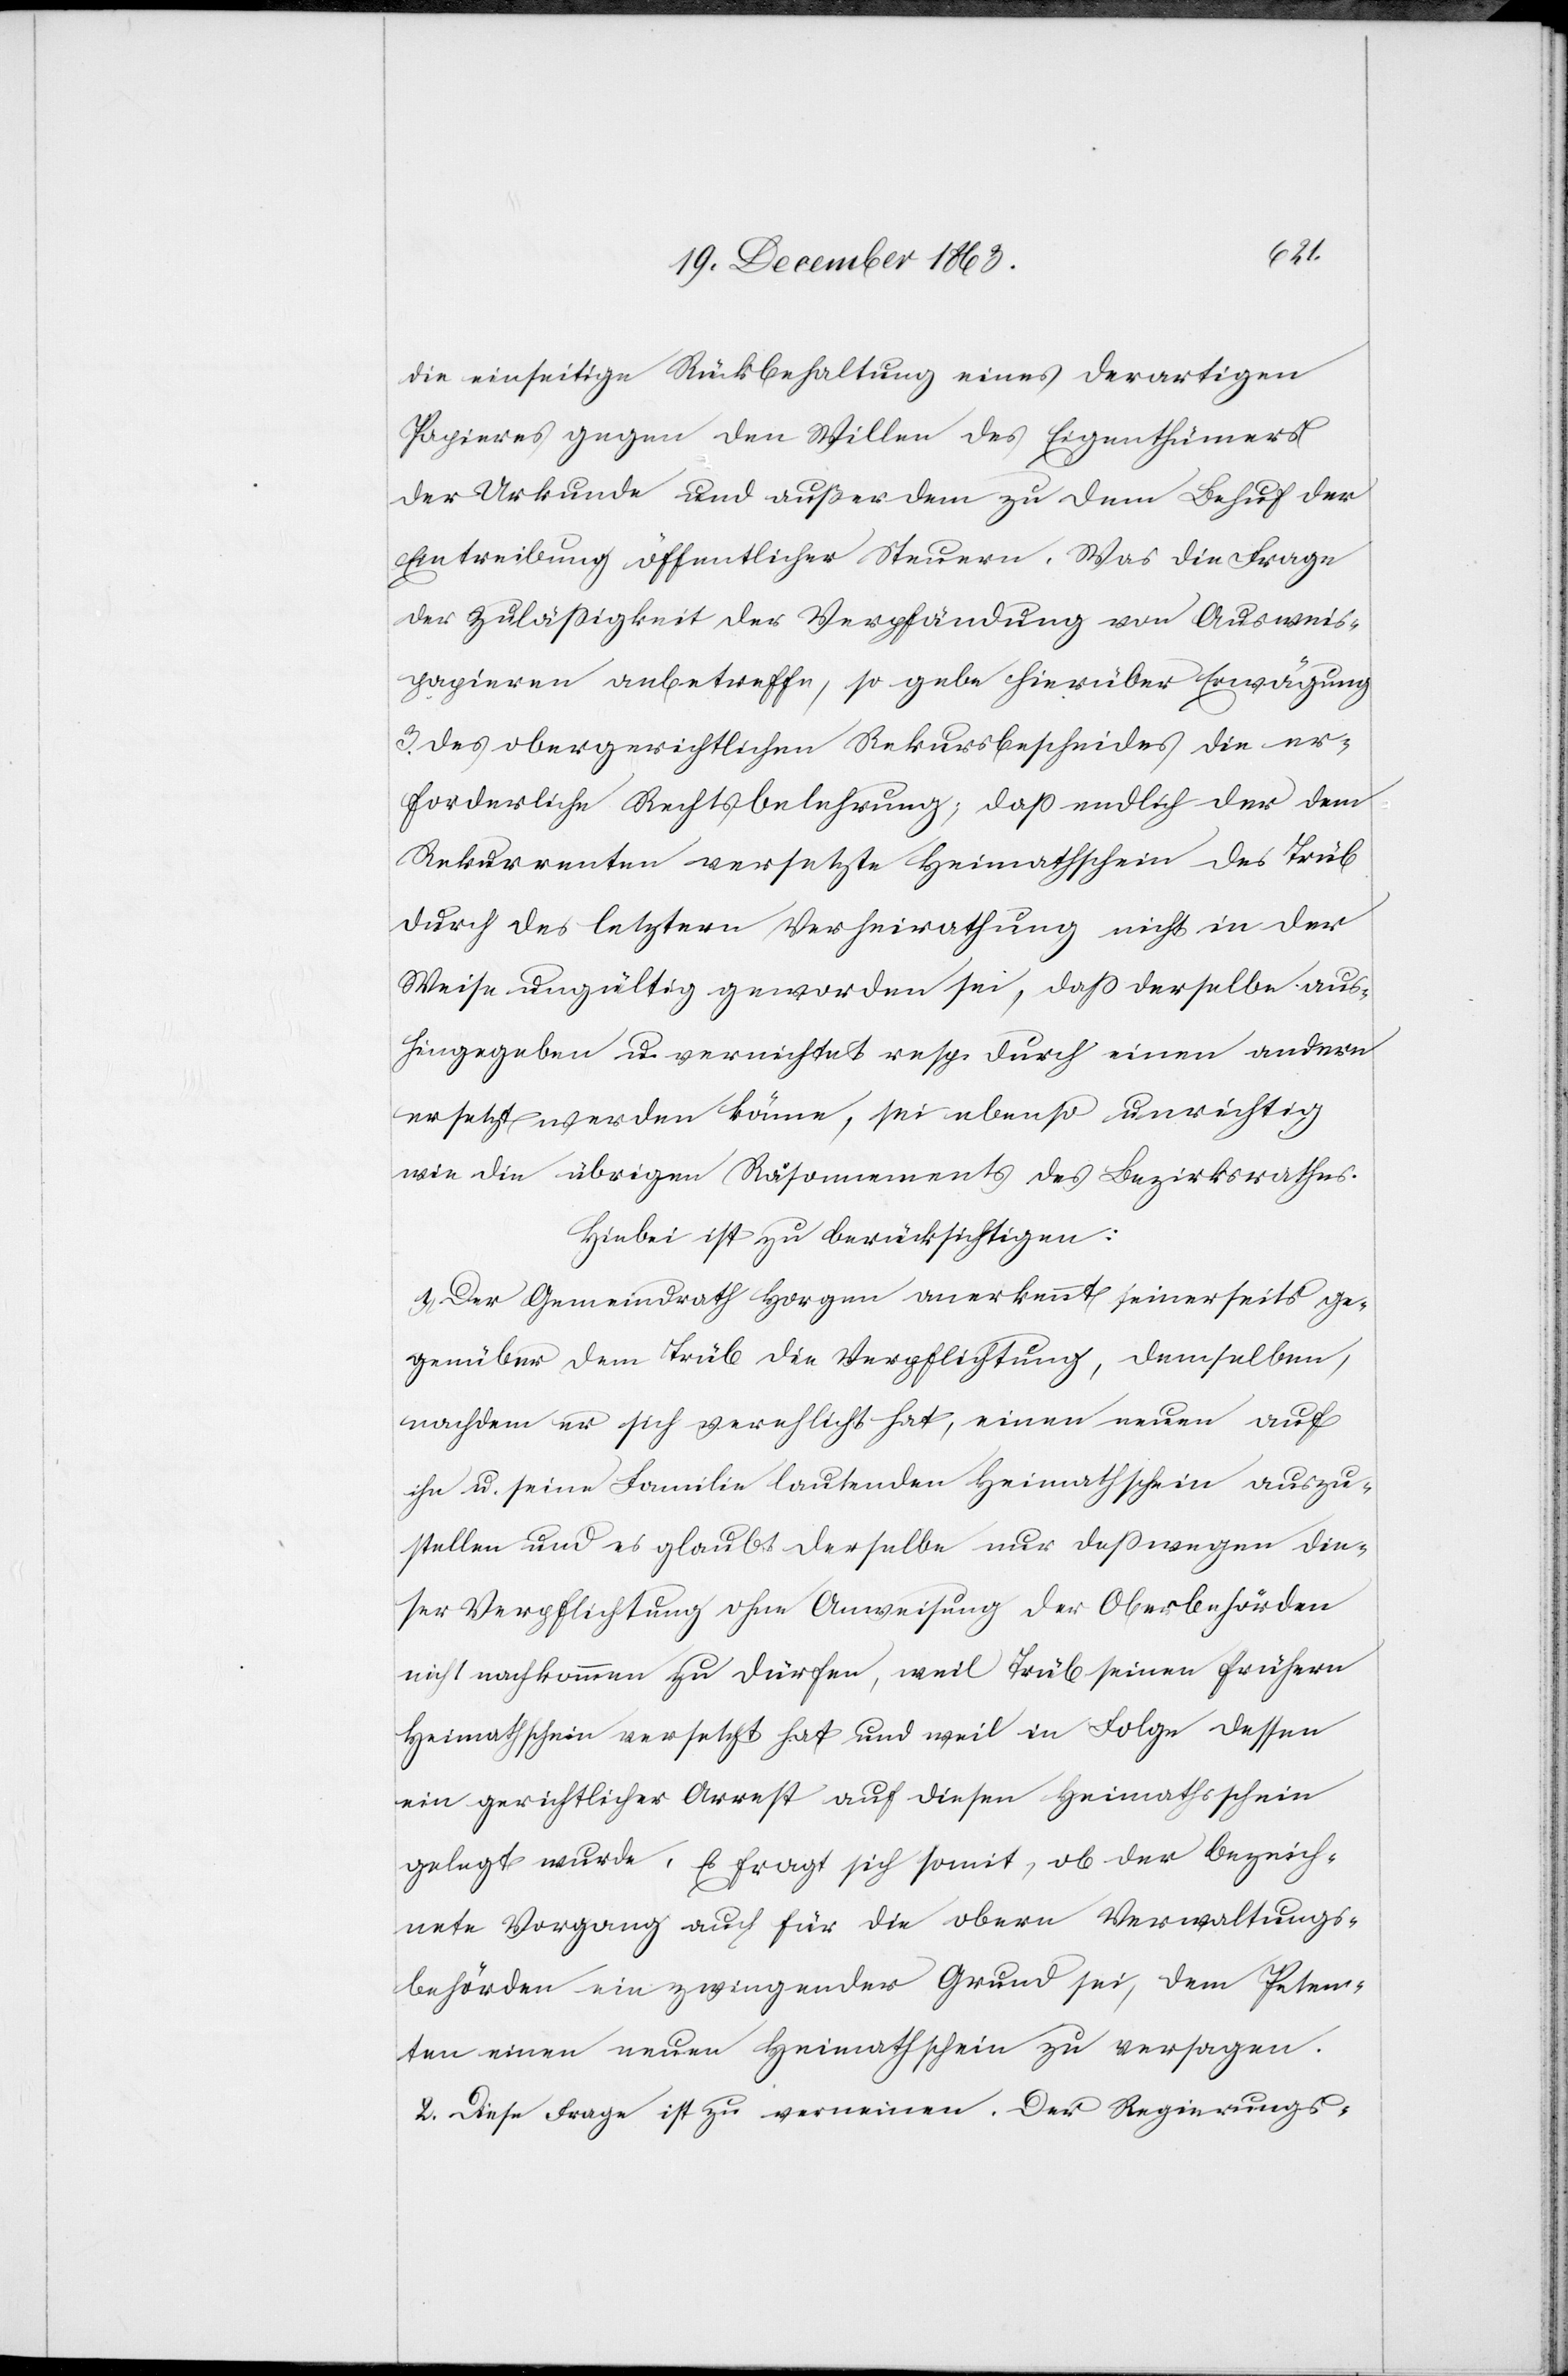
die einseitige Rückbehaltung eines derartigen
Papieres gegen den Willen des Eigenthümers
der Urkunde und außerdem zu dem Behuf der
Eintreibung öffentlicher Steuern. Was die Frage
der Zulässigkeit der Verpfändung von Ausweis¬
papieren anbetreffe, so gebe hierüber Erwägung
3. des obergerichtlichen Rekursbescheides die er¬
forderliche Rechtsbelehrung; dass endlich der dem
Rekurrenten versetzte Heimathschein des Trüb
durch des letztern Verheirathung nicht in der
Weise ungültig geworden sei, dass derselbe aus¬
hingegeben u. vernichtet resp. durch einen andern
ersetzt werden könne, sei ebenso unrichtig
wie die übrigen Räsonnements des Bezirksrathes.
Hiebei ist zu berücksichtigen:
1.) Der Gemeindrath Horgen anerkennt seinerseits ge¬
genüber dem Trüb die Verpflichtung, demselben,
nachdem er sich verehelicht hat, einen neuen auf
ihn u. seine Familie lautenden Heimathschein auszu¬
stellen und es glaubt derselbe nur desswegen die¬
ser Verpflichtung ohne Anweisung der Oberbehörden
nicht nachkommen zu dürfen, weil Trüb seinen frühern
Heimathschein versetzt hat und weil in Folge dessen
ein gerichtlicher Arrest auf diesen Heimathsschein
Es fragt sich somit, ob der bezeich¬
gelegt wurde.
nete Vorgang auch für die obern Verwaltungs¬
behörden ein zwingender Grund sei, dem Peten¬
ten einen neuen Heimathschein zu versagen.
2. Diese Frage ist zu verneinen. Der Regierungs-